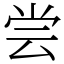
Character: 尝